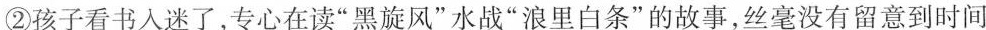
②孩子看书入迷了，专心在读”黑旋风”水战”浪里白条”的故事，丝毫没有留意到时间